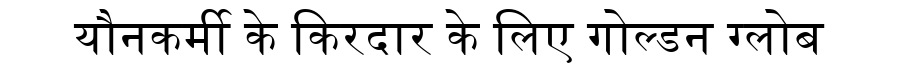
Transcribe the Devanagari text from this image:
यौनकर्मी के किरदार के लिए गोल्डन ग्लोब